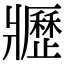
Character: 𤖢